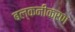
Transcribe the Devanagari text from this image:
बल्कनीकरण